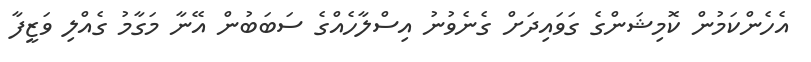
އެހެންކަމުން ކޮމިޝަންގެ ގަވަައިދަށް ގެނެވުނު އިސްލާހެއްގެ ސަބަބުން އޭނާ މަގާމު ގެއްލި ވަޒީފާ